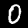
Digit: 0